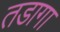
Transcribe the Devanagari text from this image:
तडागा